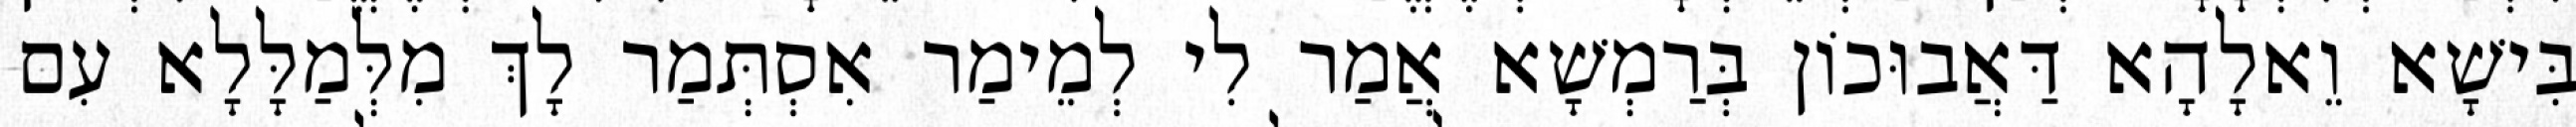
בִּישָׁא וֵאלָהָא דַּאֲבוּכוֹן בְּרַמְשָׁא אֲמַר לִי לְמֵימַר אִסְתְּמַר לָךְ מִלְּמַלָּלָא עִם